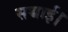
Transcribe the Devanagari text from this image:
सच्चाई।